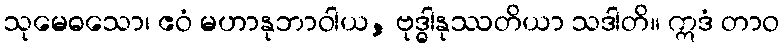
သုမေဓသော၊ ဧဝံ မဟာနုဘာဝါယ, ဗုဒ္ဓါနုဿတိယာ သဒါတိ။ ဣဒံ တာဝ